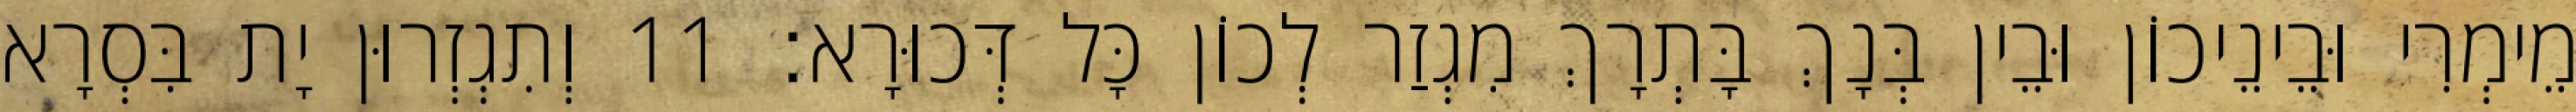
מֵימְרִי וּבֵינֵיכוֹן וּבֵין בְּנָךְ בָּתְרָךְ מִגְזַר לְכוֹן כָּל דְּכוּרָא׃ 11 וְתִגְזְרוּן יָת בִּסְרָא